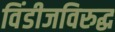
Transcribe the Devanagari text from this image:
विंडीजविरुद्ध